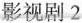
影视剧2